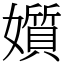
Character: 㜱